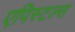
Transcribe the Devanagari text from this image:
एपिस्टल्स